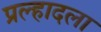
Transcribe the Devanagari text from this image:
प्रल्हादला